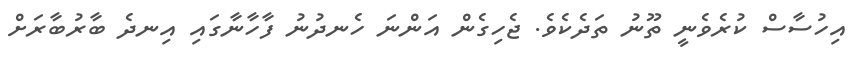
އިހުސާސް ކުރެވެނީ ތޫނު ތަދެކެވެ. ޖެހިގެން އަންނަ ހެނދުނު ފާހާނާގައި އިނދެ ބާރުބާރަށް